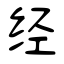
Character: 经